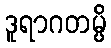
ဒူရာဂတမ္ပိ